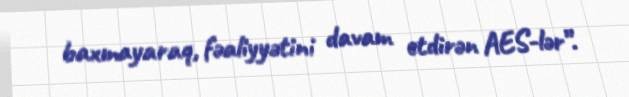
baxmayaraq, fəaliyyətini davam etdirən AES-lər”.